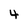
Character: 4